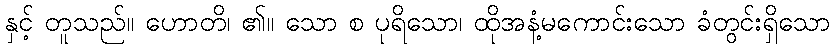
နှင့် တူသည်။ ဟောတိ၊ ၏။ သော စ ပုရိသော၊ ထိုအနံ့မကောင်းသော ခံတွင်းရှိသော